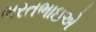
ભરતભાઇએ